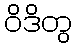
ဝိဒိတွ